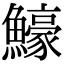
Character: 𬵵